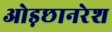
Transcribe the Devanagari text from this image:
ओड़छानरेश